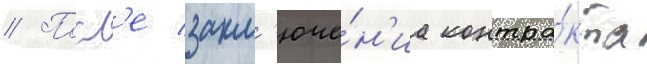
// Посл'е закл'юче́н'иа контра́кта